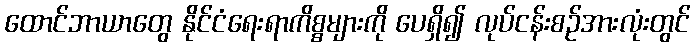
ထောင်ဘာယာတွေ နိုင်ငံရေးရာကိစ္စများကို ပေရှိ၍ လုပ်ငန်းစဉ်အားလုံးတွင်